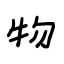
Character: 物